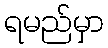
ရမည်မှာ